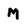
Character: M